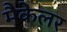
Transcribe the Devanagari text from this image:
मैकेलर